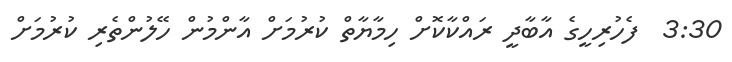
3:30  ފެހުރިހީގެ އާބާދީ ރައްކާކޮށް ހިމާޔާތް ކުރުމަށް އާންމުން ހޭލުންތެރި ކުރުމަށް